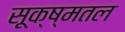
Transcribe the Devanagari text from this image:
सूक्ष्मतल